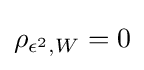
\rho _{\epsilon ^{2},W}=0